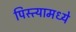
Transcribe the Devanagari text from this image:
पिस्त्यामध्ये